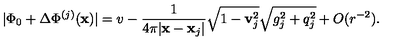
| \Phi _ { 0 } + \Delta \Phi ^ { ( j ) } ( { \bf x } ) | = v - \frac { 1 } { 4 \pi | { \bf x } - { \bf x } _ { j } | } \sqrt { 1 - { \bf v } _ { j } ^ { 2 } } \sqrt { g _ { j } ^ { 2 } + q _ { j } ^ { 2 } } + O ( r ^ { - 2 } ) .